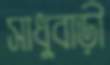
সাধুবাড়ী